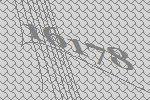
16178